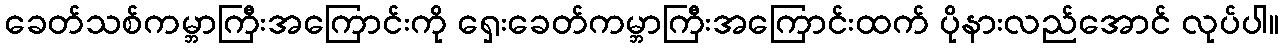
ခေတ်သစ်ကမ္ဘာကြီးအကြောင်းကို ရှေးခေတ်ကမ္ဘာကြီးအကြောင်းထက် ပိုနားလည်အောင် လုပ်ပါ။